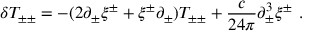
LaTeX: \delta T _ { \pm \pm } = - ( 2 \partial _ { \pm } \xi ^ { \pm } + \xi ^ { \pm } \partial _ { \pm } ) T _ { \pm \pm } + { \frac { c } { 2 4 \pi } } \partial _ { \pm } ^ { 3 } \xi ^ { \pm } \ .